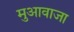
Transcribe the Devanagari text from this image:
मुआवाजा